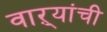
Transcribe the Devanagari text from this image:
वाऱ्यांची